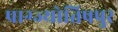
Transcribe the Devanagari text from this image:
प्राग्ज्योतिषपुर